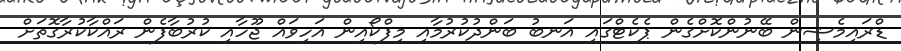
ޑްރައިމެޝިން ބޭނުންކޮށްގެން ޕެކެޓްގައި އަނބު ބަންދުކުރުމާއި މިފްކޯއިން އަހިވައް ޖޫހާއި ކުރުބާފެން ރައްކާކުރާގޮތަށް